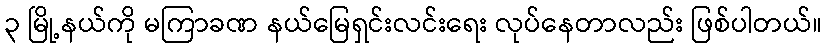
၃ မြို့နယ်ကို မကြာခဏ နယ်မြေရှင်းလင်းရေး လုပ်နေတာလည်း ဖြစ်ပါတယ်။